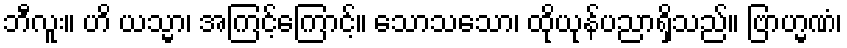
ဘီလူး။ ဟိ ယသ္မာ၊ အကြင့်ကြောင့်။ သောသသော၊ ထိုယုန်ပညာရှိသည်။ ဗြာဟ္မဏံ၊